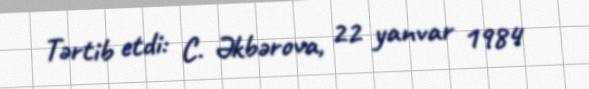
Tərtib etdi: C. Əkbərova, 22 yanvar 1984